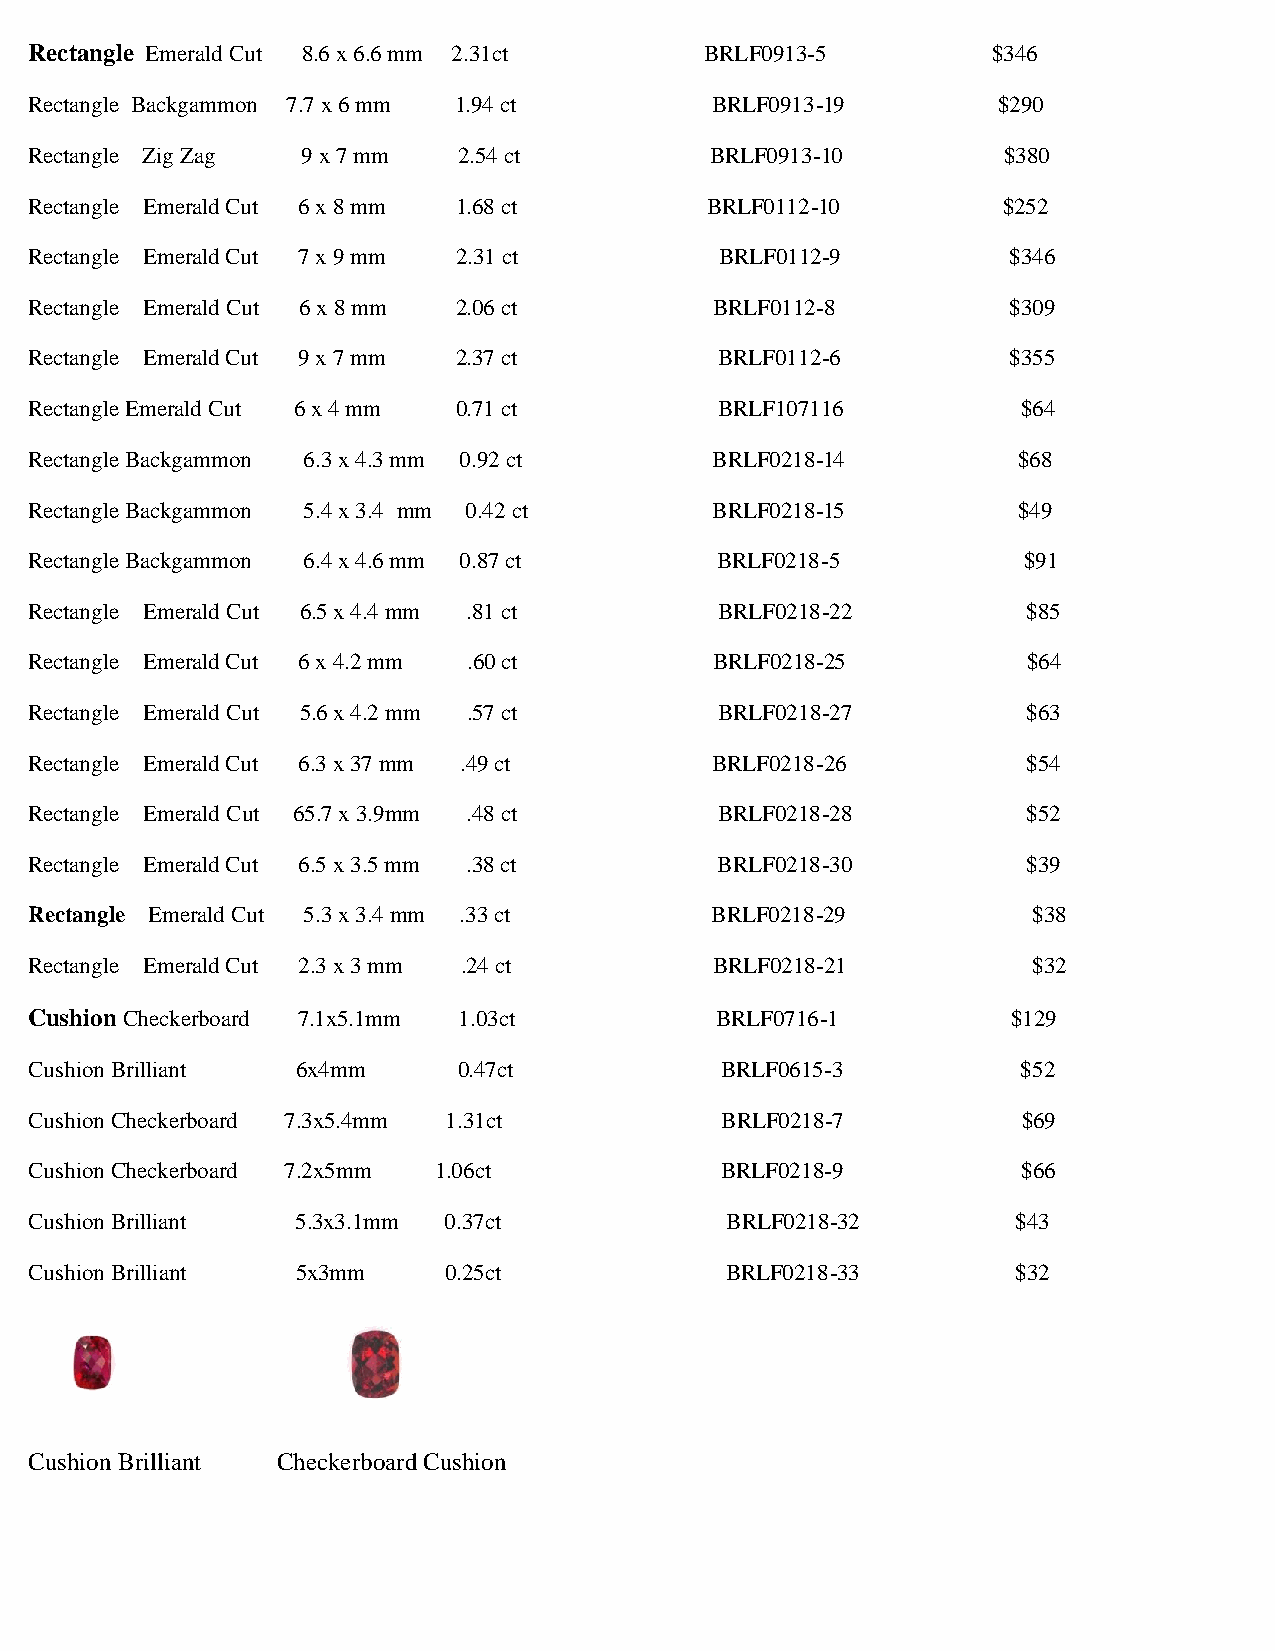
Rectangle Emerald Cut 8.6 x 6.6 mm 2.31ct    BRLF0913-5         $346
 Rectangle Backgammon 7.7 x 6 mm 1.94 ct      BRLF0913-19        $290
 Rectangle Zig Zag 9 x 7 mm  2.54 ct          BRLF0913-10        $380
 Rectangle Emerald Cut 6 x 8 mm 1.68 ct       BRLF0112-10        $252
 Rectangle Emerald Cut 7 x 9 mm 2.31 ct        BRLF0112-9         $346
 Rectangle Emerald Cut 6 x 8 mm 2.06 ct       BRLF0112-8          $309
 Rectangle Emerald Cut 9 x 7 mm 2.37 ct        BRLF0112-6         $355
 Rectangle Emerald Cut 6 x 4 mm 0.71 ct        BRLF107116          $64
 Rectangle Backgammon 6.3 x 4.3 mm 0.92 ct    BRLF0218-14         $68
 Rectangle Backgammon 5.4 x 3.4 mm 0.42 ct    BRLF0218-15         $49
 Rectangle Backgammon 6.4 x 4.6 mm 0.87 ct    BRLF0218-5           $91
 Rectangle Emerald Cut 6.5 x 4.4 mm .81 ct     BRLF0218-22         $85
 Rectangle Emerald Cut 6 x 4.2 mm .60 ct      BRLF0218-25          $64
 Rectangle Emerald Cut 5.6 x 4.2 mm .57 ct     BRLF0218-27         $63
 Rectangle Emerald Cut 6.3 x 37 mm .49 ct     BRLF0218-26          $54
 Rectangle Emerald Cut 65.7 x 3.9mm .48 ct     BRLF0218-28         $52
 Rectangle Emerald Cut 6.5 x 3.5 mm .38 ct    BRLF0218-30          $39
 Rectangle Emerald Cut 5.3 x 3.4 mm .33 ct    BRLF0218-29          $38
 Rectangle Emerald Cut 2.3 x 3 mm .24 ct      BRLF0218-21          $32
 Cushion Checkerboard 7.1x5.1mm 1.03ct        BRLF0716-1          $129
 Cushion Brilliant 6x4mm     0.47ct            BRLF0615-3          $52
 Cushion Checkerboard 7.3x5.4mm 1.31ct         BRLF0218-7          $69
 Cushion Checkerboard 7.2x5mm 1.06ct           BRLF0218-9          $66
 Cushion Brilliant 5.3x3.1mm 0.37ct            BRLF0218-32        $43
 Cushion Brilliant 5x3mm     0.25ct            BRLF0218-33        $32
 Cushion Brilliant Checkerboard Cushion